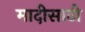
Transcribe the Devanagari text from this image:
मादीसाठी